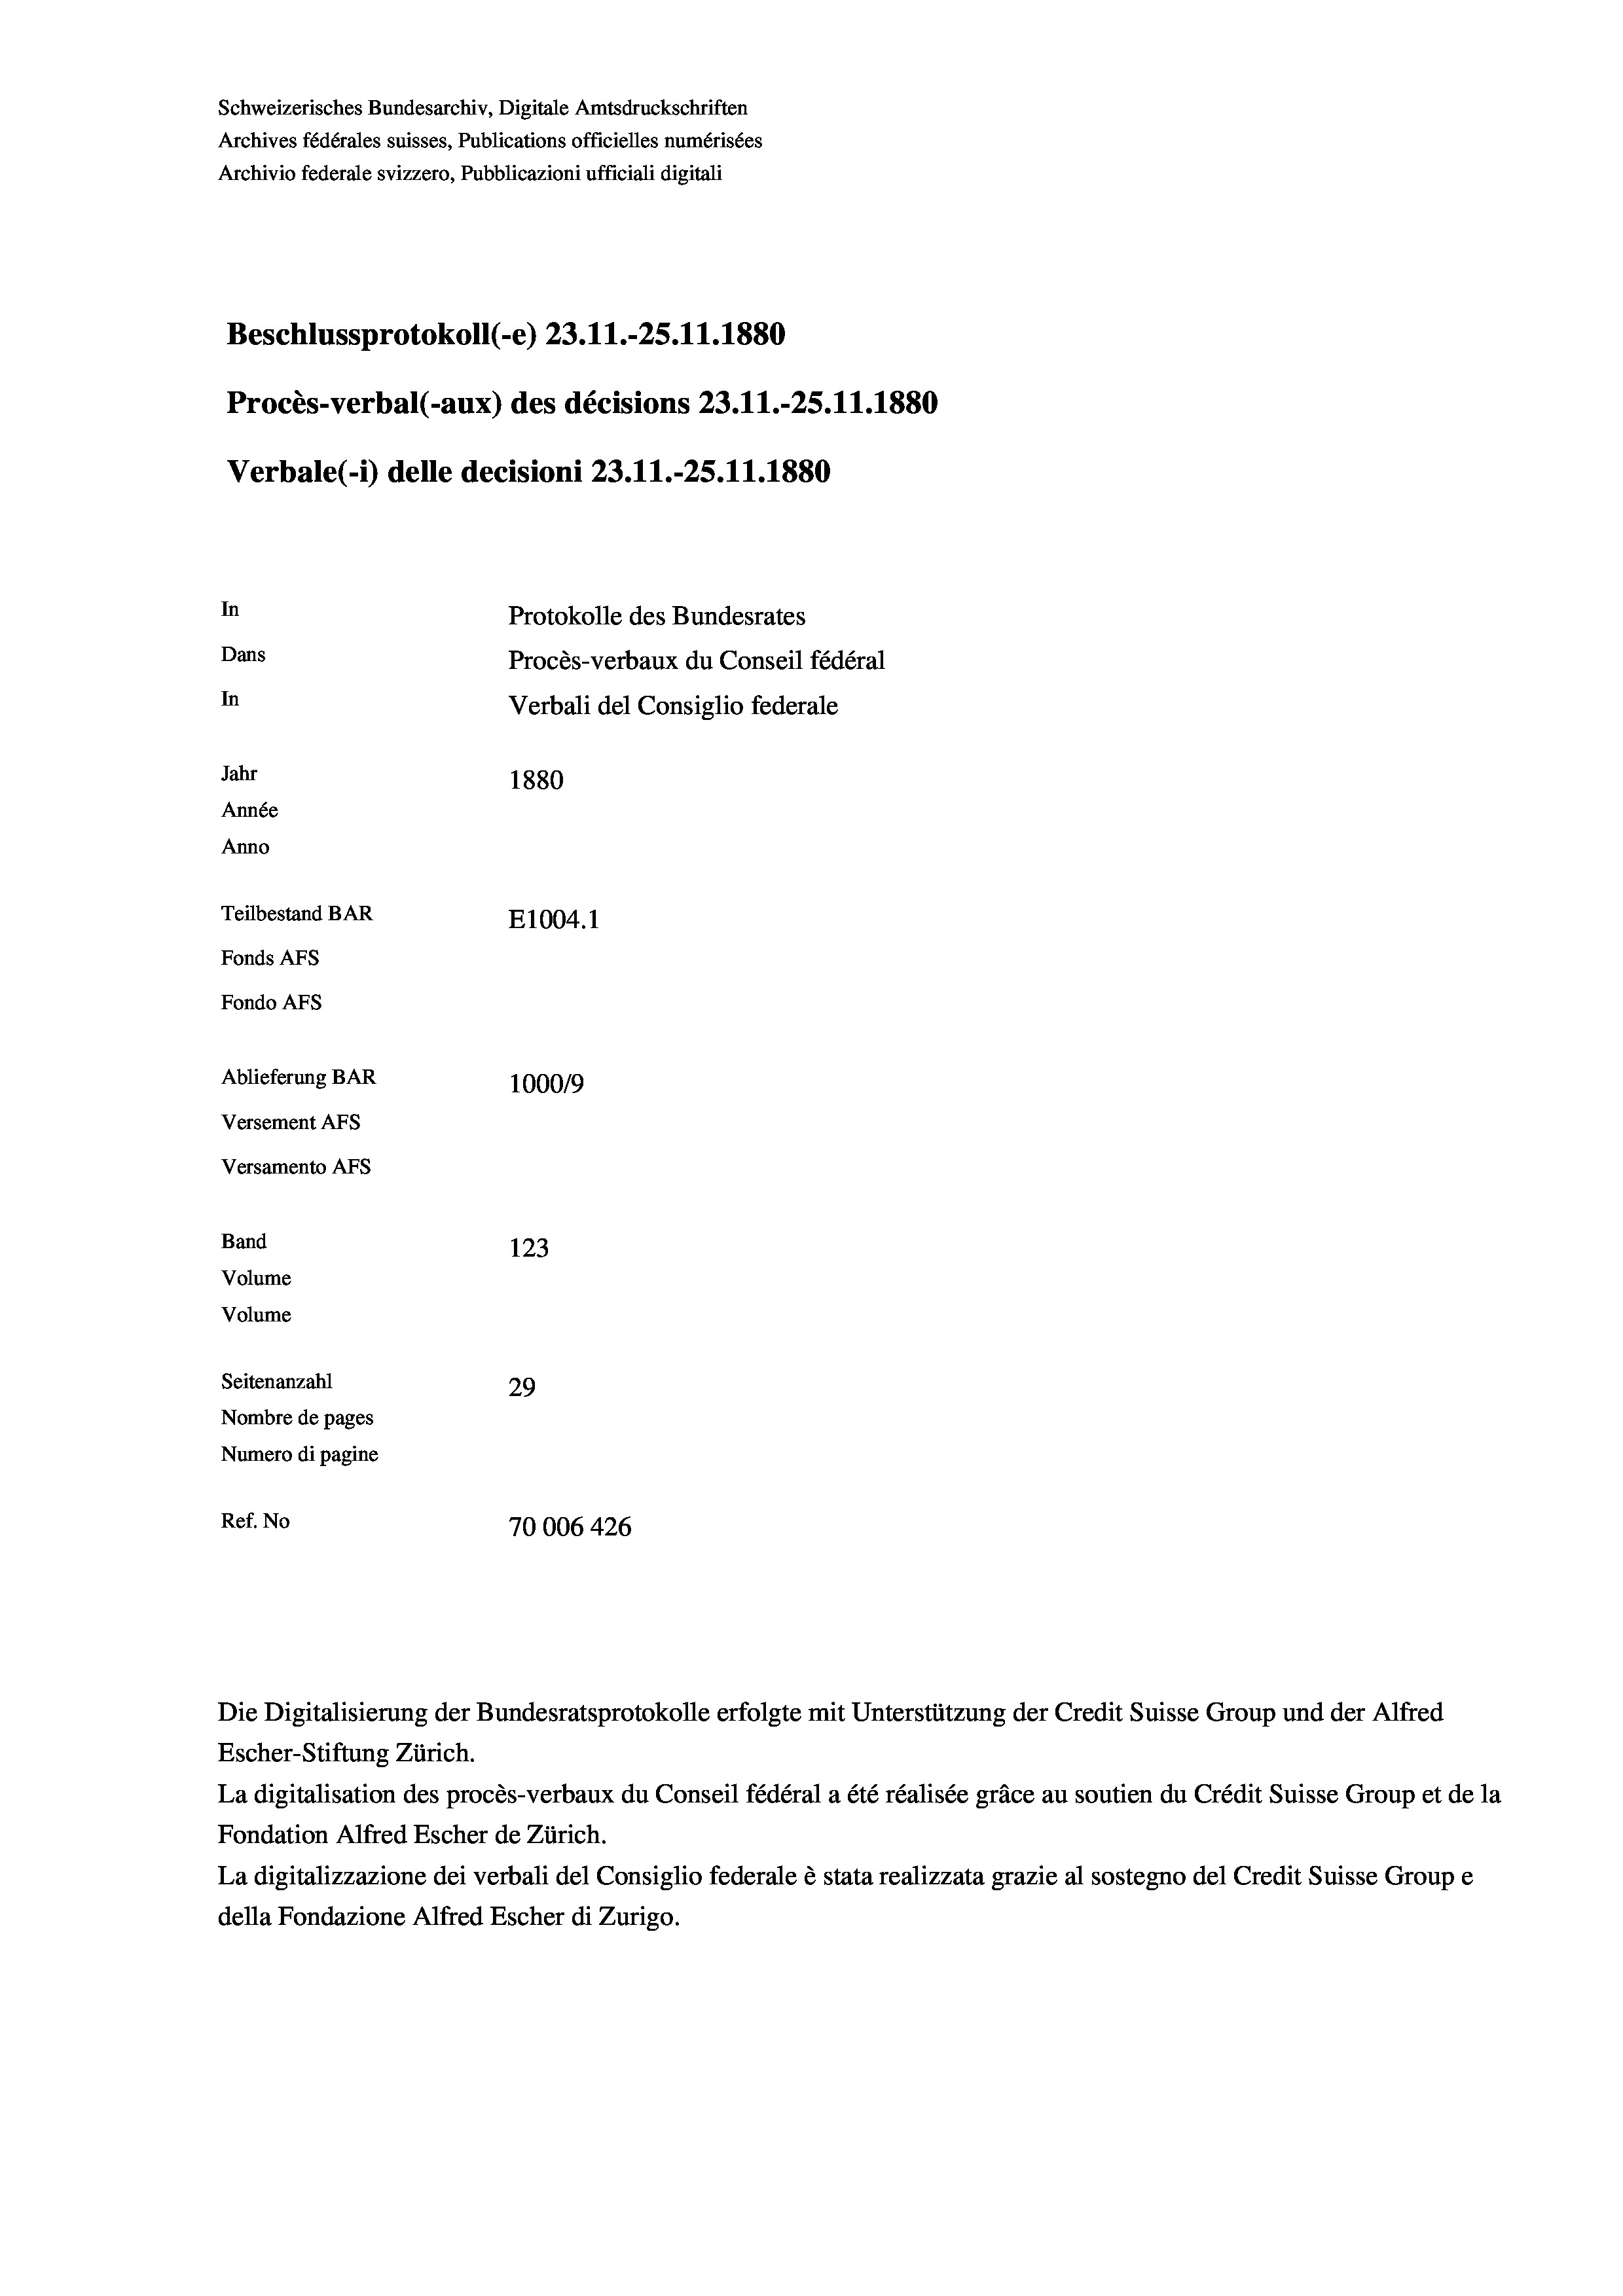
Schweizerisches Bundesarchiv, Digitale Amtsdruckschriften
Archives fédérales suisses, Publications officielles numérisées
Archivio federale svizzero, Pubblicazioni ufficiali digitali
Beschlussprotokoll (-e) 23.11.-25.11.1880
Procès-verbal (-aux) des décisions 23.11.-25.11.1880
In
Protokolle des Bundesrates
Dans
Procès-verbaux du Conseil fédéral
In
Verbali del Consiglio federale
Jahr
1880
Année
Anno
Teilbestand BAR
E1004. 1
Fonds AFs
Fondo Afs
Ablieferung BAR
100019
Versement AFs
Versamento AFs
Band
123
Volume
Volume
Seitenanzahl
29
Nombre de pages
Numero di pagine
Ref. No
70006 426

Verbale(- 1) delle decisioni 23. 11.-25.11.1880

Die Digitalisierung der Bundesratsprotokolle erfolgte mit Unterstützung der Credit Suisse Group und der Alfred
Escher-Stiftung Zürich.
La digitalisation des procès-verbaux du Conseil fédéral a été réalisée gräce au soutien du Crédit Suisse Group et de la
Fondation Alfred Escher de Zürich.
La digitalizzazione dei verbali del Consiglio federale è stata realizzata grazie al sostegno del Credit Suisse Groupe
della Fondazione Alfred Escher di Zurigo.